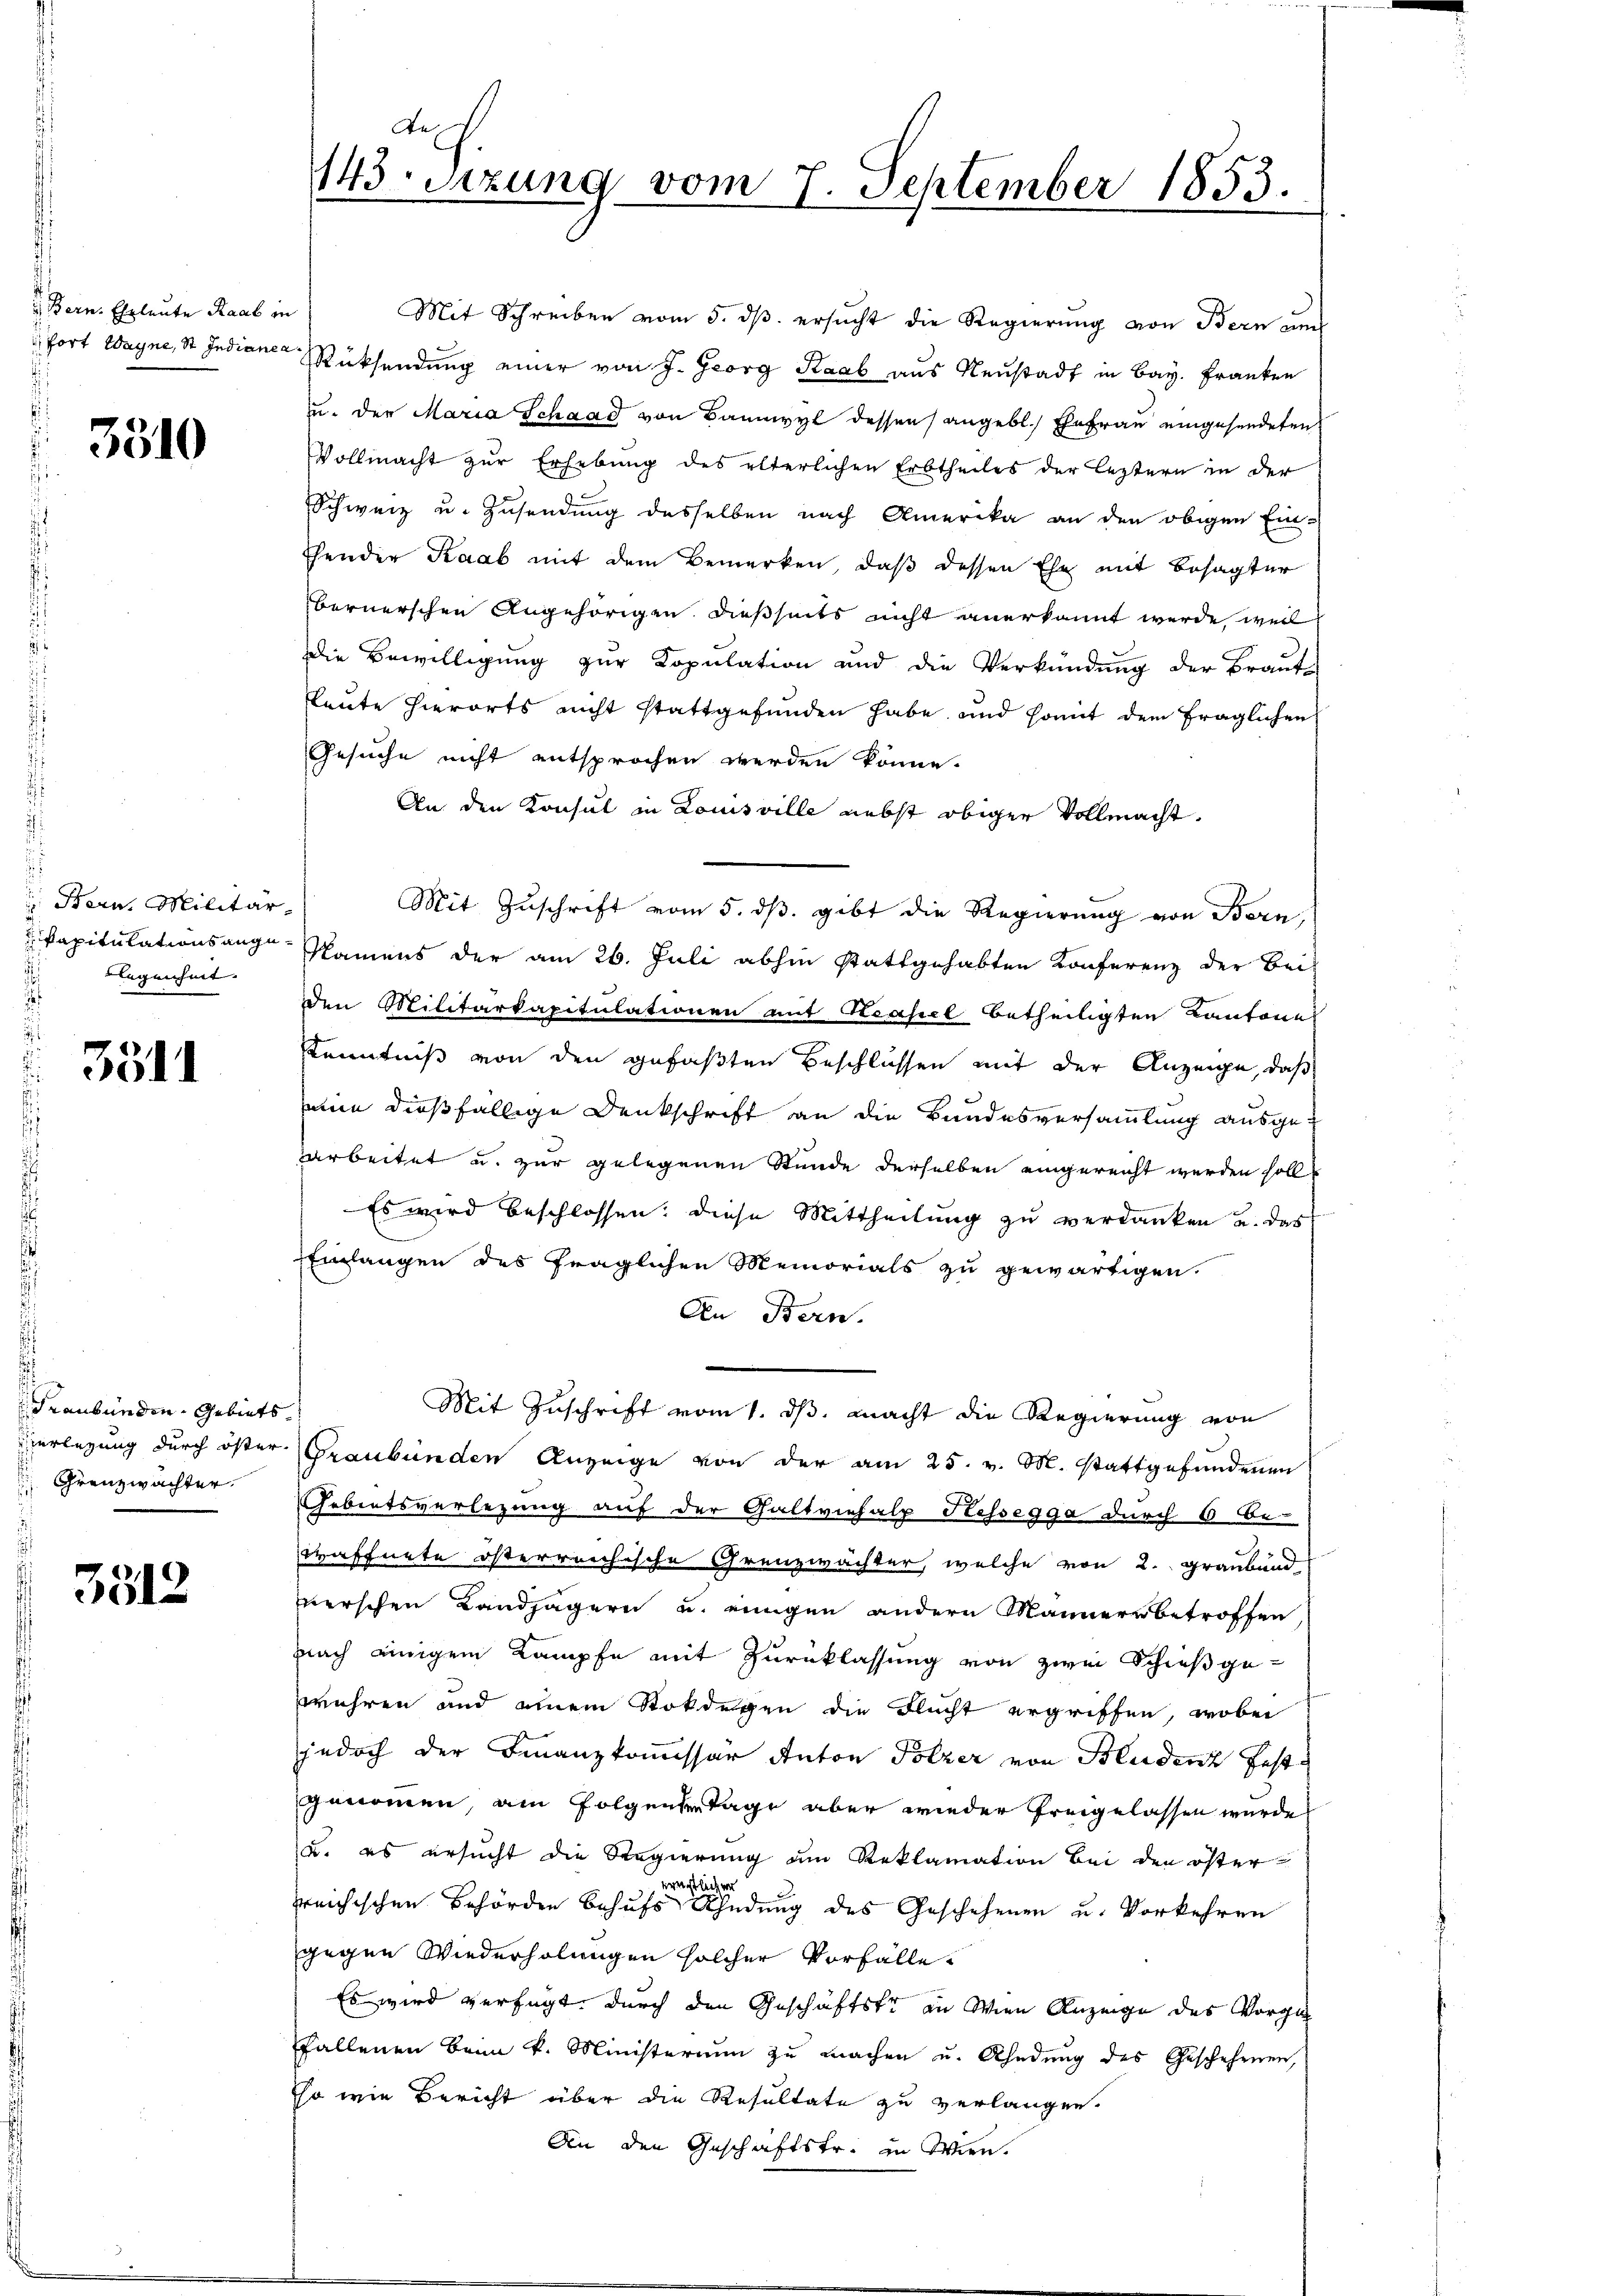
Bern. Eheleute Raab in

3510

Bern, Militär-
kapitulationsangelegenheit. |
.

3511

Graubünden Gebiets.
 Franzwächter.

3312

de
143 sizung vom 7. September 1853.

Mit Schreiben vom 5. ds. ersucht die Regierung von Bern zum
fort Wagne, St. Indiane Rücksendung einer von J. Georg Raab aus Neustadt in Bay. Franken
u. der Maria Schaad von Bannwyl dessen angebl. Ehefrau eingesendeten
Vollmacht zur Erhebung des elterlichen Erbtheiles der leztern in der
Schweiz u. Zusendung desselben nach Amerika an den obigen Einfender Kaab mit dem Bemerken, daß dessen Ehe mit Besagter
bernerschen Angehörigen dießseits nicht anerkannt werde, weil
Die Bewilligung zur Kopulation und die Verkündung der Braut-
fleute hierorts nicht stattgefunden habe, und somit dem fraglichen
Gesuche nicht entsprochen werden könne.
An den Konsul in Louisville nebst obiger Vollmacht.
Mit Zuschrift vom 5. ds. gibt die Regierung von Bern,
Namens der am 26. Juli abhin stattgehabten Konferenz der Bei-
den Militarkapitulationen mit Stahel betheiligten Kantone
Kenntniß von den gefaßten Beschlüssen mit der Anzeige, daß
iie dießfällige Denkschrift an die Bundesversammlung ausge-
arbeitet u. zur gelegenen Stunde derselben eingereicht werden solle
Es wird beschlossen: diese Mittheilung zu verdanken u. das
Einlangen des fraglichen Memorials zu gewärtigen.
An Bern.
Mit Zuschrift vom 1. ds. macht die Regierung von
Verlegung durch öster Graubünden Anzeige von der am 25. v. M. stattgefundenen
Gebietsverlegung auf der Galtviesalp Hessegga durch 6 Be-
waffnete österreichische Grenzwächter, welche von 2. Graubend
verschen Landjägern u. einigen andern Männern betroffen
nach einigem Kampfe mit Zurücklassung von zwei Schießgewehren und einem Rokdegen die Flucht ergriffen, wobei
jedoch der Finanzkommissär Anton Polzer von Bludenz festgenommen, am Folgendertage aber wieder freigelassen wurde
(u. es ersucht die Regierung am Reklamation bei den öster-
ernstlicher
reichischen Behörden behufs Ahndung des Geschehenen u. Vorkehren
gegen Wiederholungen solcher Vorfälle
Es wird verfügt, durch den Geschäftstr an Wien Anzeige des Vorga
Fallenen beim k. Ministerium zu machen u. Ahndung des Geschehenen,
so wie Bericht über die Resultate zu verlangen.
An den Geschäftstr. in Wien.